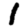
Digit: 1